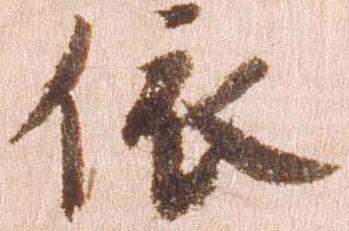
依